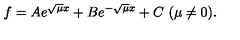
f = A e ^ { \sqrt { \mu } x } + B e ^ { - \sqrt { \mu } x } + C \mathrm { \ ( \mu \not = 0 ) . }